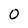
Character: 0